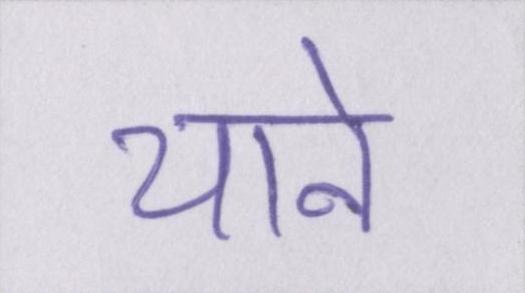
याने